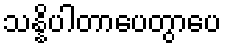
သန္နိပါတာပေတွာပေ